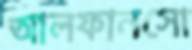
আলফানসো